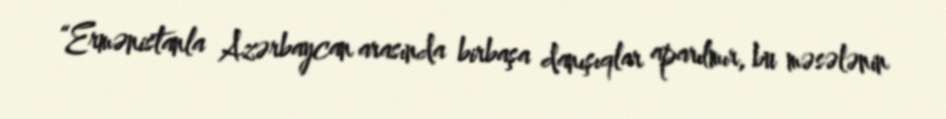
“Ermənistanla Azərbaycan arasında birbaşa danışıqlar aparılmır, bu məsələnin